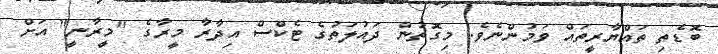
ބޮޑެތި ތައްޔާރީތައް ވަމުންނެވެ. މިގޮތުން ދައުލަތުގެ ޓެކްސް އިދާރާ މީރާގެ "މީރާނީ" އަށް